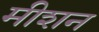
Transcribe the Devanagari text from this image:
मीशन